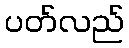
ပတ်လည်